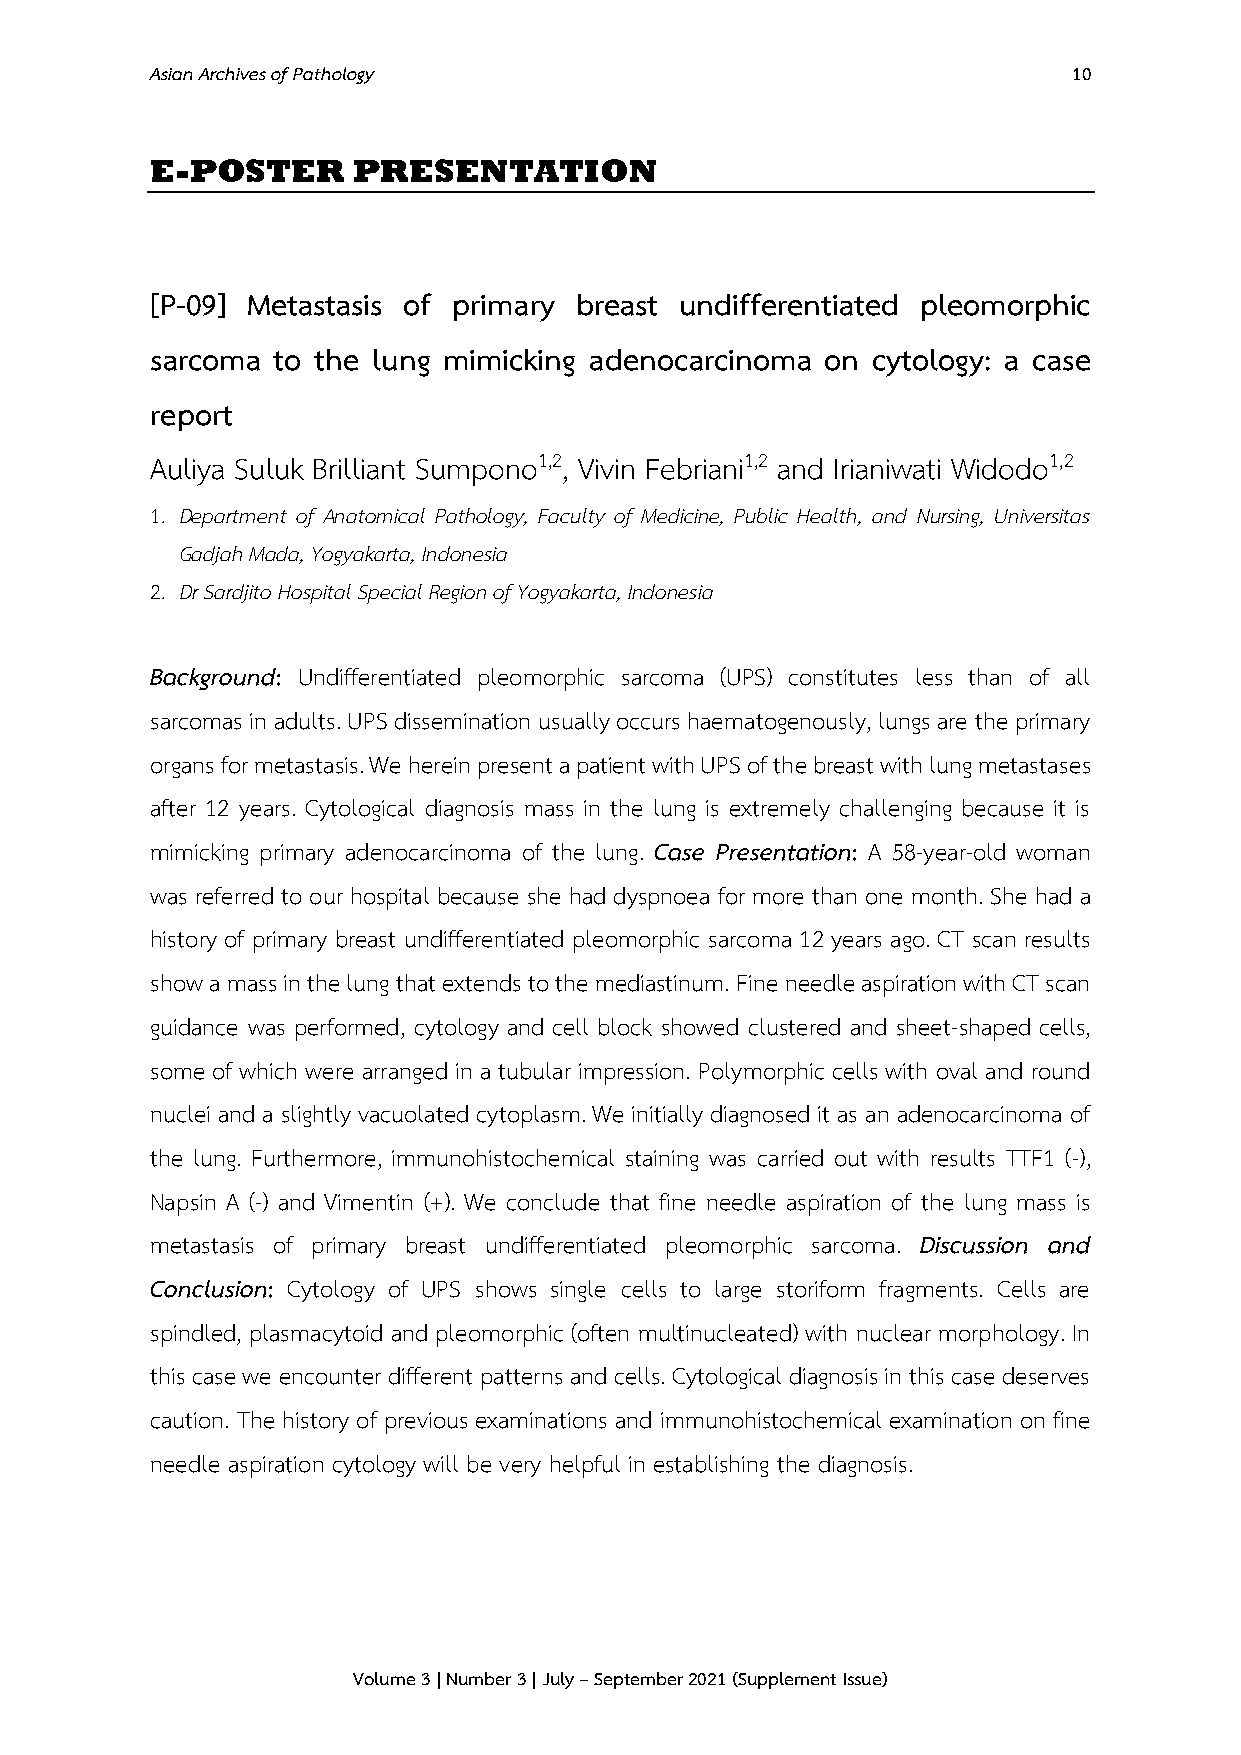
Asian Archives of Pathology                                  10
 E-POSTER     PRESENTATION
 [P-09] Metastasis of primary breast undifferentiated pleomorphic
 sarcoma to the lung mimicking adenocarcinoma on cytology: a case
 report
 Auliya Suluk Brilliant Sumpono1,2, Vivin Febriani1,2 and Irianiwati Widodo1,2
 1. Department of Anatomical Pathology, Faculty of Medicine, Public Health, and Nursing, Universitas
 Gadjah Mada, Yogyakarta, Indonesia
 2. Dr Sardjito Hospital Special Region of Yogyakarta, Indonesia
 Background: Undifferentiated pleomorphic sarcoma (UPS) constitutes less than of all
 sarcomas in adults. UPS dissemination usually occurs haematogenously, lungs are the primary
 organs for metastasis. We herein present a patient with UPS of the breast with lung metastases
 after 12 years. Cytological diagnosis mass in the lung is extremely challenging because it is
 mimicking primary adenocarcinoma of the lung. Case Presentation: A 58-year-old woman
 was referred to our hospital because she had dyspnoea for more than one month. She had a
 history of primary breast undifferentiated pleomorphic sarcoma 12 years ago. CT scan results
 show a mass in the lung that extends to the mediastinum. Fine needle aspiration with CT scan
 guidance was performed, cytology and cell block showed clustered and sheet-shaped cells,
 some of which were arranged in a tubular impression. Polymorphic cells with oval and round
 nuclei and a slightly vacuolated cytoplasm. We initially diagnosed it as an adenocarcinoma of
 the lung. Furthermore, immunohistochemical staining was carried out with results TTF1 (-),
 Napsin A (-) and Vimentin (+). We conclude that fine needle aspiration of the lung mass is
 metastasis of primary breast undifferentiated pleomorphic sarcoma. Discussion and
 Conclusion: Cytology of UPS shows single cells to large storiform fragments. Cells are
 spindled, plasmacytoid and pleomorphic (often multinucleated) with nuclear morphology. In
 this case we encounter different patterns and cells. Cytological diagnosis in this case deserves
 caution. The history of previous examinations and immunohistochemical examination on fine
 needle aspiration cytology will be very helpful in establishing the diagnosis.
 Volume 3 | Number 3 | July – September 2021 (Supplement Issue)